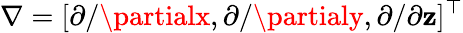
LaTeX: \nabla=[\partial/\partialx,\partial/\partialy,\partial/\partial\mathbf{z}]^{\top}